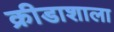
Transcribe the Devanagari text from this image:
क्रीडाशाला